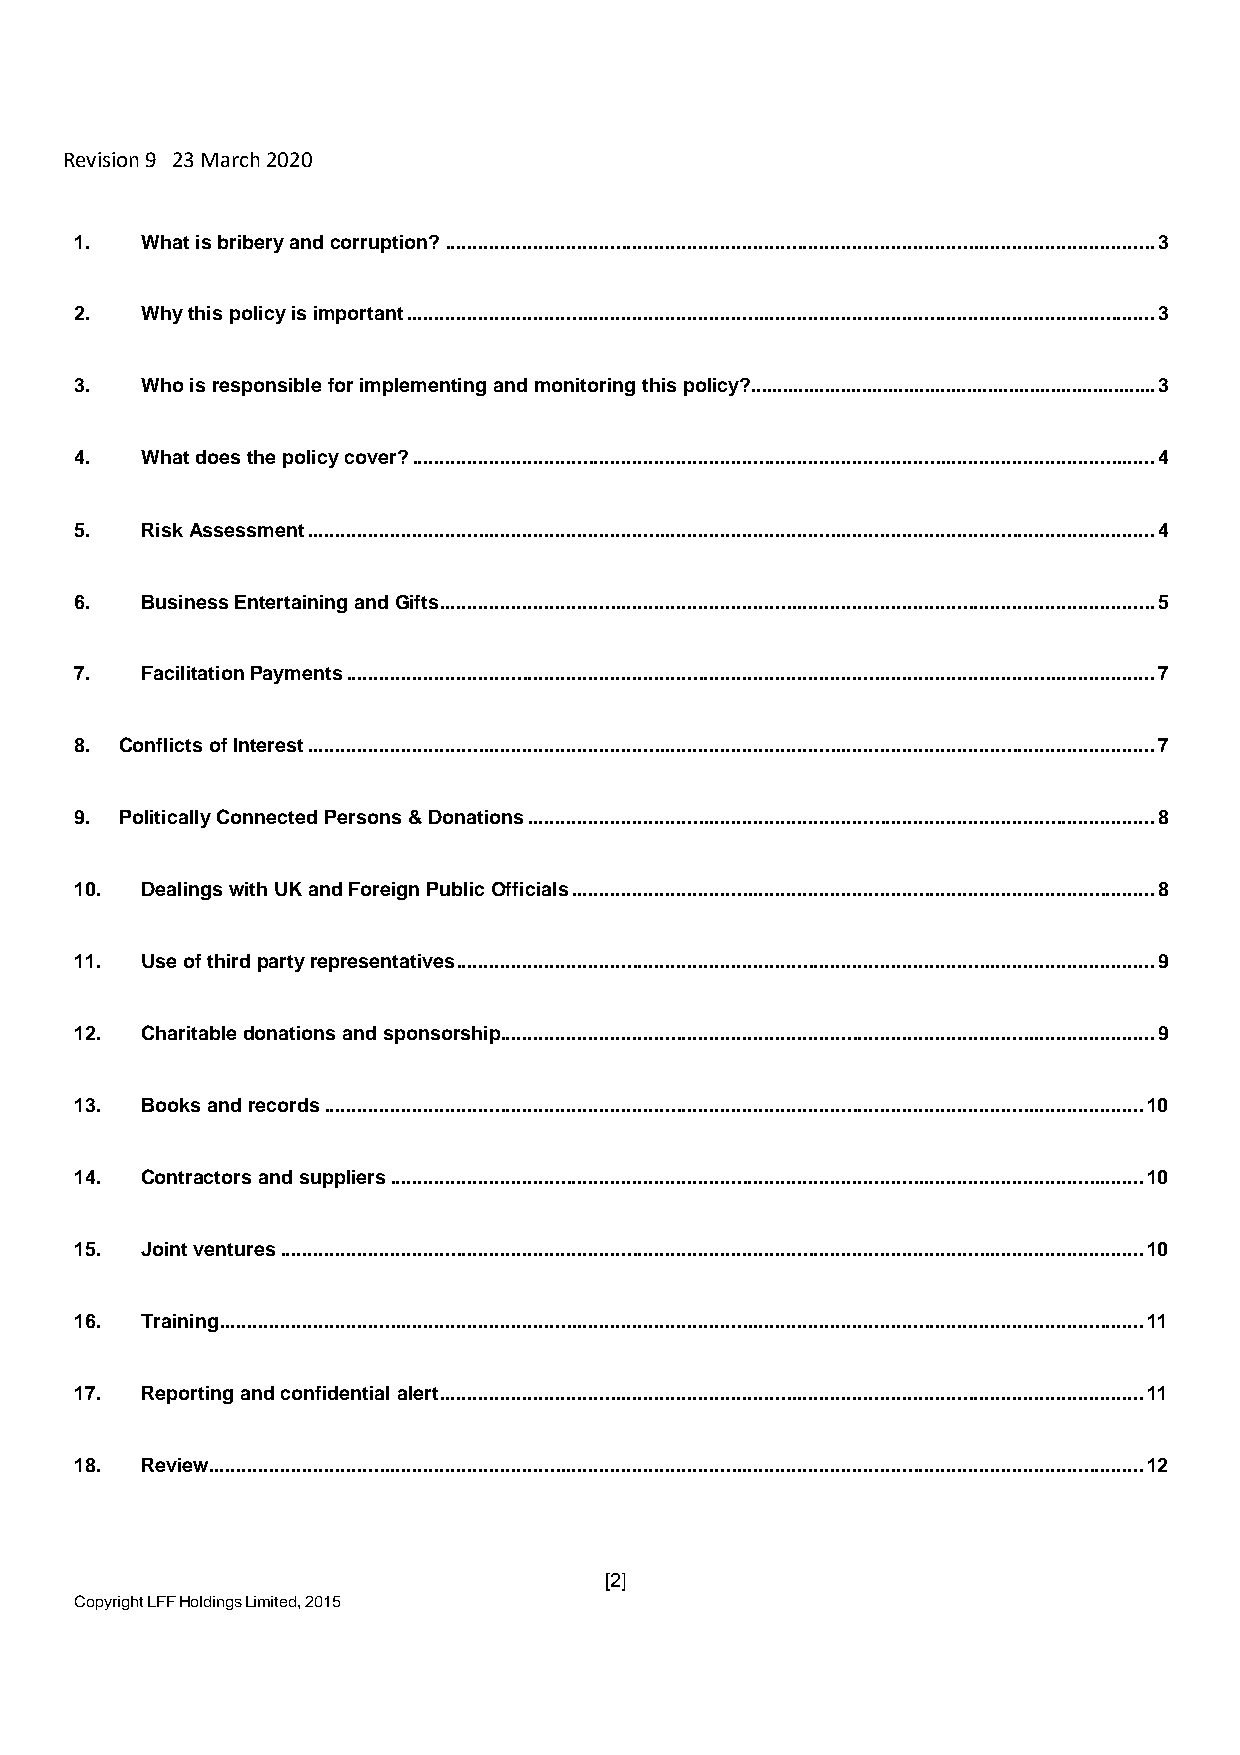
Revision 9 23 March 2020
 1.  What is bribery and corruption? ................................................................................................................................. 3
 2.  Why this policy is important ........................................................................................................................................ 3
 3.  Who is responsible for implementing and monitoring this policy? ............................................................................. 3
 4.  What does the policy cover? ....................................................................................................................................... 4
 5.  Risk Assessment .......................................................................................................................................................... 4
 6.  Business Entertaining and Gifts .................................................................................................................................. 5
 7.  Facilitation Payments ................................................................................................................................................... 7
 8. Conflicts of Interest .......................................................................................................................................................... 7
 9. Politically Connected Persons & Donations .................................................................................................................. 8
 10. Dealings with UK and Foreign Public Officials .......................................................................................................... 8
 11. Use of third party representatives ............................................................................................................................... 9
 12. Charitable donations and sponsorship ....................................................................................................................... 9
 13. Books and records ..................................................................................................................................................... 10
 14. Contractors and suppliers ......................................................................................................................................... 10
 15. Joint ventures ............................................................................................................................................................. 10
 16. Training ........................................................................................................................................................................ 11
 17. Reporting and confidential alert ................................................................................................................................ 11
 18. Review .......................................................................................................................................................................... 12
 [2]
 Copyright LFF Holdings Limited, 2015